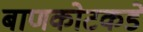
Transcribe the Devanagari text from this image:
बाणकोटकडे